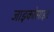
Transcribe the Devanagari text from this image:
जाइकोसाइट